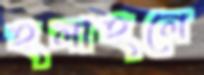
হলাহলে